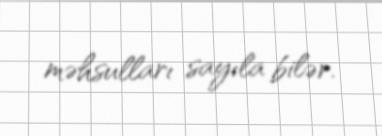
məhsulları sayıla bilər.